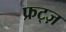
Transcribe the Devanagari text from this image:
फ्रट्ज़